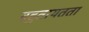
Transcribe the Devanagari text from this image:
बहुतायतता